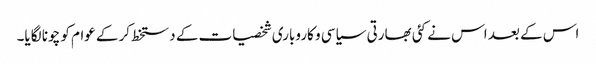
اس کے بعد اس نے کئی بھارتی سیاسی و کاروباری شخصیات کے دستخط کرکے عوام کو چونا لگایا۔